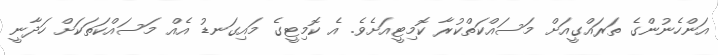
އަންހެނުންގެ ތަރައްގީއަށް މަސައްކަތްކުރާ ކޮމިޓީއަށެވެ. އެ ކޮމިޓީގެ މައިގަނޑު އެއް މަސައްކަތަކަށް ހަދާނީ